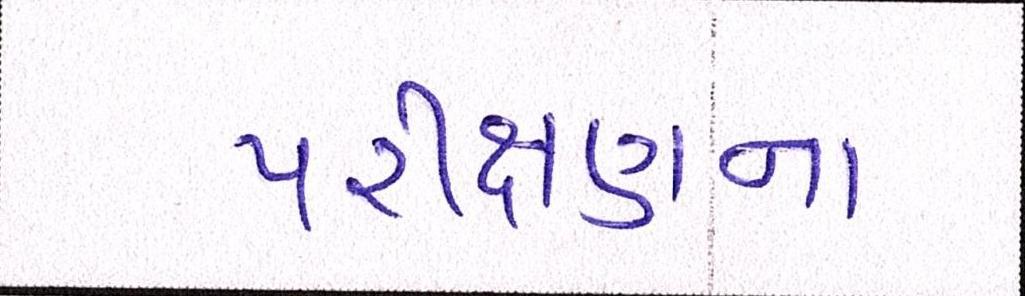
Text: પરીક્ષણના